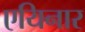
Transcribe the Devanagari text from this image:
एयिनार